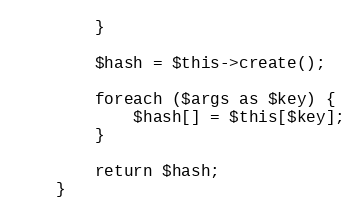
Language: PHP
        }

        $hash = $this->create();

        foreach ($args as $key) {
            $hash[] = $this[$key];
        }

        return $hash;
    }